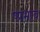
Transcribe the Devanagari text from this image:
ष्प्रभाव